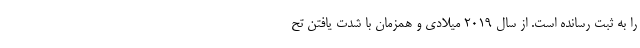
را به ثبت رسانده است. از سال ۲۰۱۹ میلادی و همزمان با شدت یافتن تح